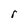
Character: r